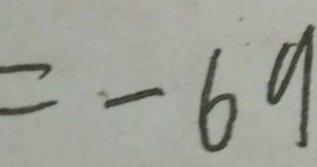
= - 6 9